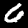
Digit: 6